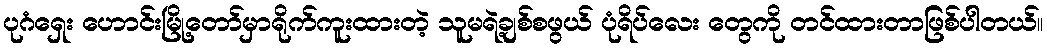
ပုဂံရှေး ဟောင်းမြို့တော်မှာရိုက်ကူးထားတဲ့ သူမရဲ့ချစ်စဖွယ် ပုံရိပ်လေး တွေကို တင်ထားတာဖြစ်ပါတယ်။